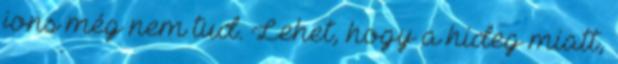
jons még nem tud. Lehet, hogy a hideg miatt,